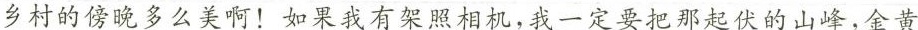
乡村的傍晚多么美啊！如果我有架照相机，我一定要把那起伏的山峰，金黄